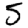
Digit: 5